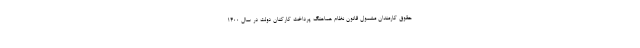
حقوق کارمندان مشمول قانون نظام هماهنگ پرداخت کارکنان دولت در سال ۱۴۰۰